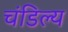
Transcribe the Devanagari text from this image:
चंडिल्य